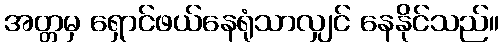
အတ္တမှ ရှောင်ဖယ်နေရုံသာလျှင် နေနိုင်သည်။